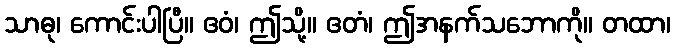
သာဓု၊ ကောင်းပါပြီ။ ဧဝံ၊ ဤသို့။ ဧတံ၊ ဤအနက်သဘောကို။ တထာ၊